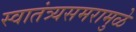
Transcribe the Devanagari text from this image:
स्वातंत्र्यसमरामुळे